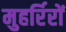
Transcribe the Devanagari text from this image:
मुहर्रिरों